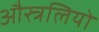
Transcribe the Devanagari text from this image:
औस्त्रलियो